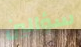
سؤالين